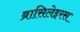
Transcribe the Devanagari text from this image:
ब्रासिलेइरस